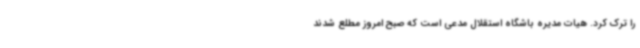
را ترک کرد. هیات مدیره باشگاه استقلال مدعی است که صبح امروز مطلع شدند